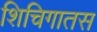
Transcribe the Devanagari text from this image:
शिचिगातस